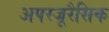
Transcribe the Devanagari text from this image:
अपरजूरैसिक